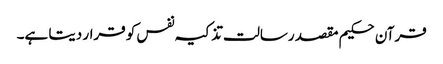
قرآن حکیم مقصد رسالت تذکیہ نفس کو قرار دیتا ہے۔